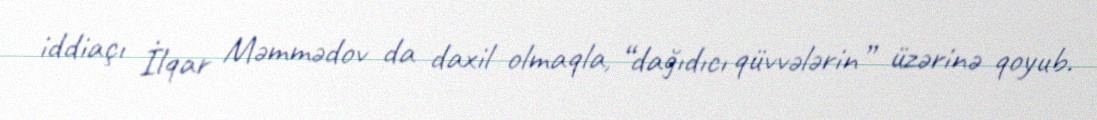
iddiaçı İlqar Məmmədov da daxil olmaqla, “dağıdıcı qüvvələrin” üzərinə qoyub.